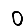
Digit: 0